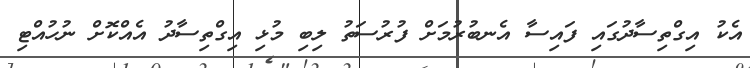
އެކު އިގްތިސާދުގައި ފައިސާ އެނބުރުމަށް ފުރުސަތު ލިބި މުޅި އިގްތިސާދު އެއްކޮށް ނުހުއްޓި